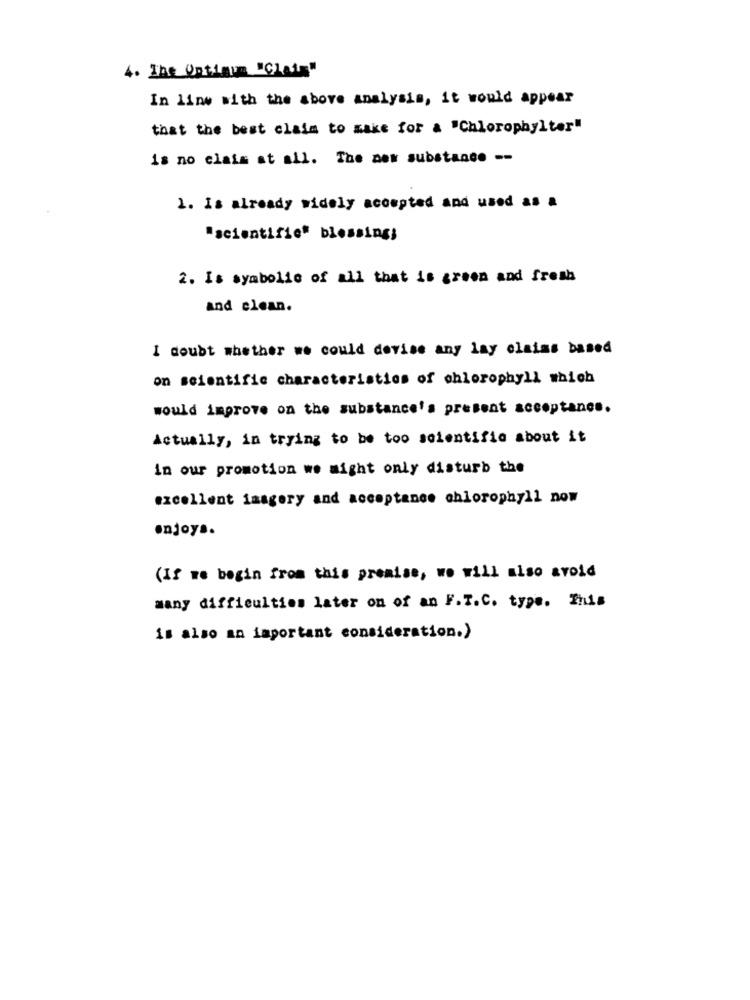
4. The Optimum "Class"
In line with the above analysis, it would appear
that the best claim to make for a "Chlorophylter"
is no claim at all. The new substance --
1. Is already widely accepted and used as a
"scientific" blessing;
2. Is symbolic of all that is green and fresh
and clean.
I doubt whether we could devise any lay claims based
on scientific characteristics of chlorophyll which
would improve on the substance's present acceptance.
Actually, in trying to be too scientific about it
in our promotion we might only disturb the
excellent imagery and acceptance chlorophyll now
enjoys.
(If we begin from this premise, we will also avoid
many difficulties later on of an F.T.C. type. This
is also an important consideration.)